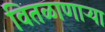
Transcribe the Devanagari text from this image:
वितळाणाऱ्या